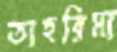
তাহরিমা